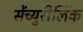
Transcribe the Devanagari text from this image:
सेंच्युरीलिंक